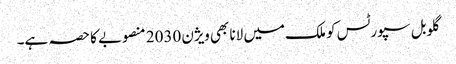
گلوبل سپورٹس کو ملک میں لانا بھی ویژن 2030 منصوبے کا حصہ ہے۔